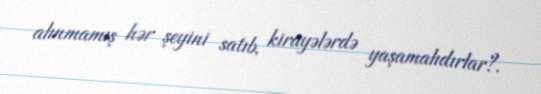
alınmamış hər şeyini satıb, kirayələrdə yaşamalıdırlar?.